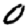
Digit: 0